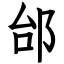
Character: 邰